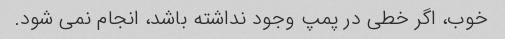
خوب، اگر خطی در پمپ وجود نداشته باشد، انجام نمی شود.